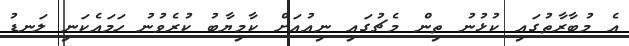
އެ މުބާރާތުގައި ކުޅުނު ތިން މެޗުގައި ނިއުއަށް ކާމިޔާބު ކުރެވުނު ހަމައެކަނި ލަނޑު